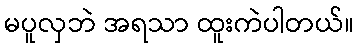
မပူလှဘဲ အရသာ ထူးကဲပါတယ်။